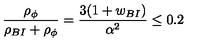
{ \frac { \rho _ { \phi } } { \rho _ { B I } + \rho _ { \phi } } } = { \frac { 3 ( 1 + w _ { B I } ) } { \alpha ^ { 2 } } } \le 0 . 2